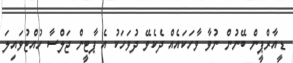
ޑީއާރްޕީން ބޭނުން ނުވާ ވާހަކައެއް ދެކެވޭ ދުވަހަކު އެ ޕާޓީން ޖަލްސާ ހުއްޓުވައިލަ